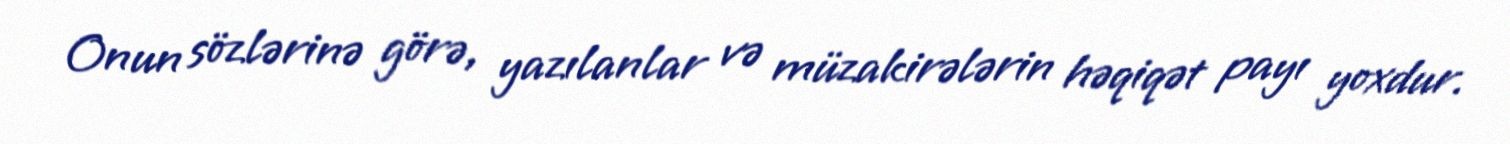
Onun sözlərinə görə, yazılanlar və müzakirələrin həqiqət payı yoxdur.